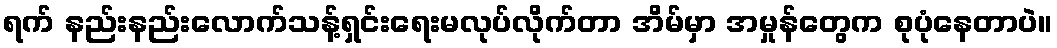
ရက် နည်းနည်းလောက်သန့်ရှင်းရေးမလုပ်လိုက်တာ အိမ်မှာ အမှုန်တွေက စုပုံနေတာပဲ။